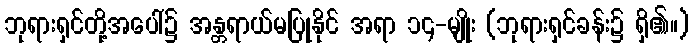
ဘုရားရှင်တို့အပေါ်၌ အန္တရာယ်မပြုနိုင် အရာ ၁၄-မျိုး (ဘုရားရှင်ခန်း၌ ရှိ၏။)